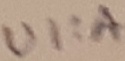
Text: UI:A